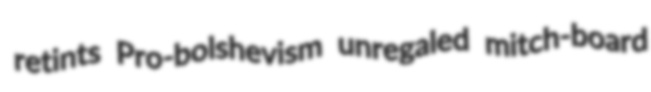
retints Pro-bolshevism unregaled mitch-board